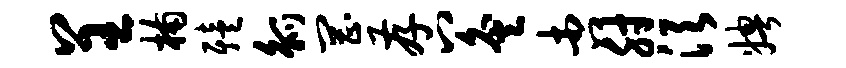
呈楠殪觚罔存八灸杏肘须娉